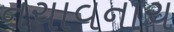
નચાવનાચ